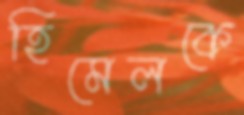
হিমেলকে